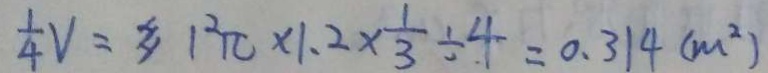
\frac { 1 } { 4 } V = 1 ^ { 2 } \pi \times 1 . 2 \times \frac { 1 } { 3 } \div 4 = 0 . 3 1 4 ( m ^ { 2 } )